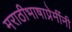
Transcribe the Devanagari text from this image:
मराठीभाषाप्रेमींनी